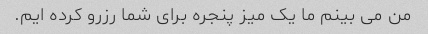
من می بینم ما یک میز پنجره برای شما رزرو کرده ایم.